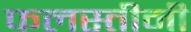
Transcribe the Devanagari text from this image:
फलस्तीनी